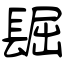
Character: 镼